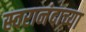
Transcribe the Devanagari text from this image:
स्वरानंदाच्या